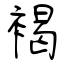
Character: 褐